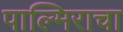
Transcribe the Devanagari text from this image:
पाल्मिराचा